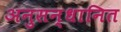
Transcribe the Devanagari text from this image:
अनुसन्‍धानित